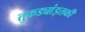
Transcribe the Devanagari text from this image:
तुकड्यांइतकी